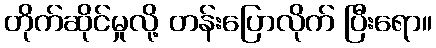
တိုက်ဆိုင်မှုလို့ တန်းပြောလိုက် ပြီးရော။